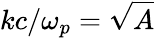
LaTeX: kc/\omega_{p}=\sqrt{A}